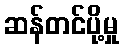
ဆန်တင်ပို့မှု